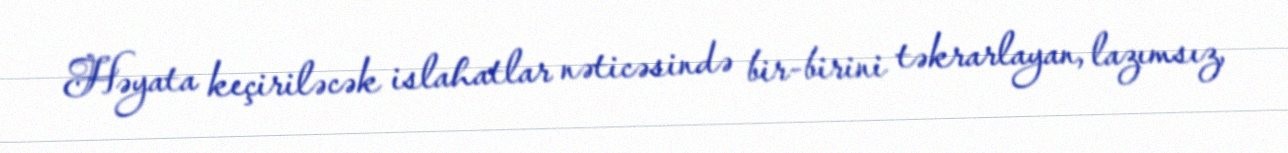
Həyata keçiriləcək islahatlar nəticəsində bir-birini təkrarlayan, lazımsız,